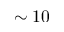
\sim 1 0